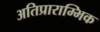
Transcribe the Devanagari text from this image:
अतिप्राराम्भिक